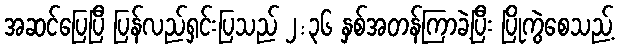
အဆင်ပြေပြီ ပြန်လည်ရှင်းပြသည် ၂:၃၆ နှစ်အတန်ကြာခဲ့ပြီး ပြိုကွဲစေသည့်